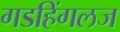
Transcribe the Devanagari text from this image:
गडहिंगलज